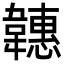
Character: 韢